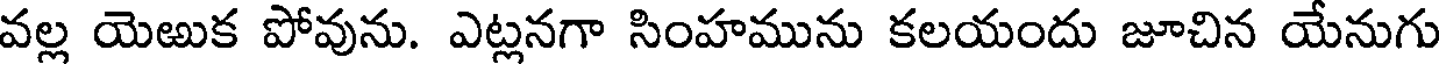
వల్ల యెఱుక పోవును. ఎట్లనగా సింహమును కలయందు జూచిన యేనుగు